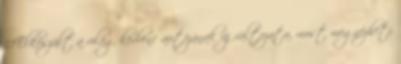
11Elkészült a világ kedvenc autójának új változata, most megnézheti